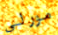
مورلي